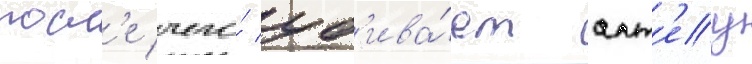
посл'е чего́ уб'ива́ет алт'еу